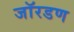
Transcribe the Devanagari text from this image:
जॉरडण